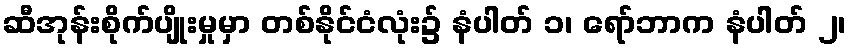
ဆီအုန်းစိုက်ပျိုးမှုမှာ တစ်နိုင်ငံလုံး၌ နံပါတ် ၁၊ ရော်ဘာက နံပါတ် ၂၊